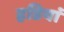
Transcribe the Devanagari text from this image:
हडियां